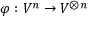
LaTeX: \varphi : V ^ { n } \to V ^ { \otimes n }